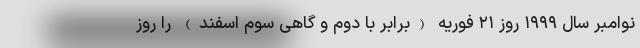
نوامبر سال ۱۹۹۹ روز ۲۱ فوریه (برابر با دوم و گاهی سوم اسفند) را روز